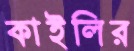
কাইলির